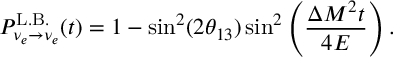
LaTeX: P _ { \nu _ { e } \rightarrow \nu _ { e } } ^ { \mathrm { L . B . } } ( t ) = 1 - \sin ^ { 2 } ( 2 \theta _ { 1 3 } ) \sin ^ { 2 } \left( \frac { \Delta M ^ { 2 } t } { 4 E } \right) .